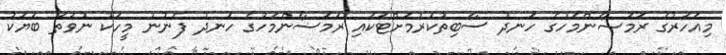
މިއަހަރުގެ ރަމަޟާންމަހުގެ ހަނދު ސާބިތުކުރުމަށްޓަކައި ރަމަޟާންމަހުގެ ހަނދު ފެނުނު މީހަކު ނުވަތަ ބަޔަކު